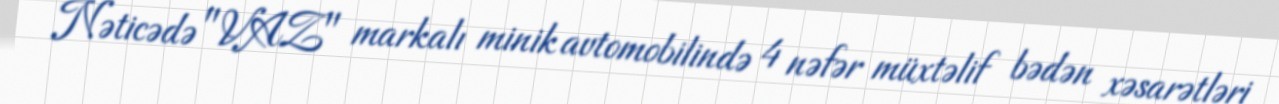
Nəticədə "VAZ" markalı minik avtomobilində 4 nəfər müxtəlif bədən xəsarətləri